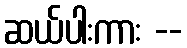
ဆယ်ပါးကား --